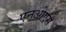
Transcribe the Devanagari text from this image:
एनओएस